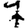
Digit: 7